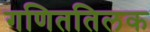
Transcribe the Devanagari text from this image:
गणिततिलक